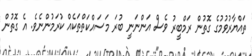
ތައްޔާރުވުމުގެ ގޮތުން ރަމްބީރު ވެސް އަންނަނީ ބުރަ މަސައްކަތްތަކެއް ކުރަމުންނެވެ. އެ ގޮތުން